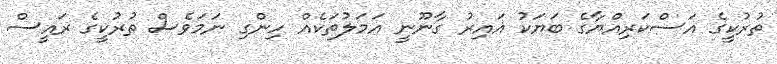
ތުރުކީގެ އަސްކަރިއްޔާގެ ބަޔަކު ޣައިރު ގާނޫނީ އަމަލުތަކެއް ހިންގި ނަމަވެސް ތުރުކީގެ ރައީސް